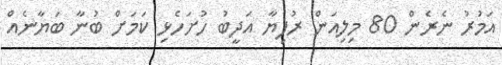
އަމުރު ނެރެން 80 މިލިއަން ރުފިޔާ އަދީބު ހުށަހެޅި ކަމަށް ބުނާ ބަޔާނެއް